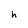
Character: h